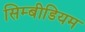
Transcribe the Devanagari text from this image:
सिम्बीडियम